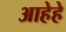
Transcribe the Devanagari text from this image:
आहेहे